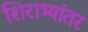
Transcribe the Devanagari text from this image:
शिराभ्यांतर